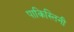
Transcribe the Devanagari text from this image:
पाकिस्तिनी